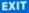
EXIT